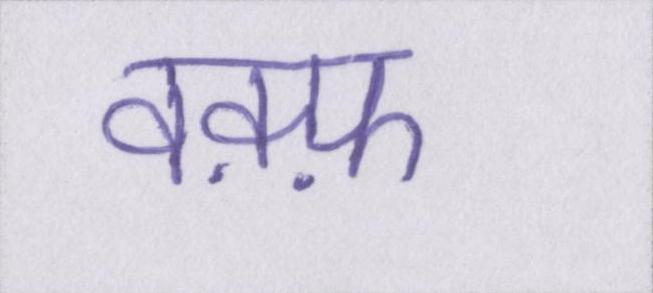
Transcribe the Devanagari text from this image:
वक़्फ़